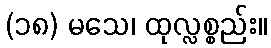
(၁၈) မသေ၊ ထုလ္လစ္စည်း။